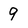
Character: 9